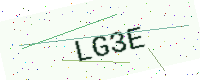
Text: LG3E